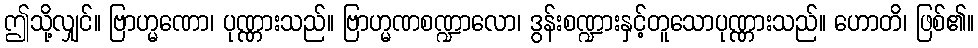
ဤသို့လျှင်။ ဗြာဟ္မဏော၊ ပုဏ္ဏားသည်။ ဗြာဟ္မဏစဏ္ဍာလော၊ ဒွန်းစဏ္ဍားနှင့်တူသောပုဏ္ဏားသည်။ ဟောတိ၊ ဖြစ်၏။